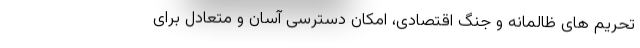
تحریم های ظالمانه و جنگ اقتصادی، امکان دسترسی آسان و متعادل برای